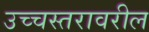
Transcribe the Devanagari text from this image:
उच्चस्तरावरील